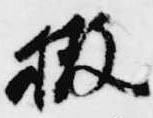
撤